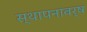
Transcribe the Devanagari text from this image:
स्थापनावर्ष